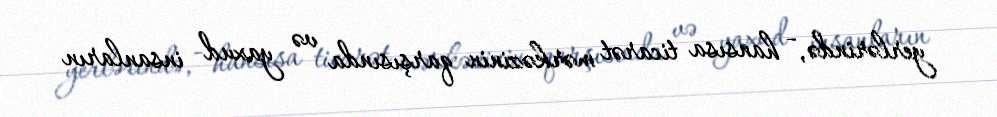
yerlərində, - hansısa ticarət mərkəzinin qarşısında və yaxud insanların